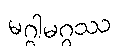
မဂ္ဂါမဂ္ဂဿ